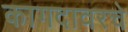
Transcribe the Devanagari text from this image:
कागदावरचे